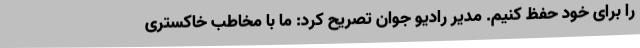
را برای خود حفظ کنیم. مدیر رادیو جوان تصریح کرد: ما با مخاطب خاکستری